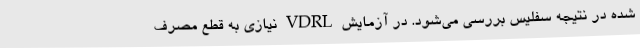
شده در نتیجه سفلیس بررسی می‌شود. در آزمایش VDRL نیازی به قطع مصرف